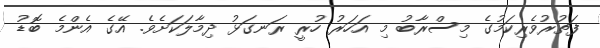
ފަތުރުވެރިކަމުގެ މިސްރާބު މި އަހަރު ހުރީ ރަނގަޅު ދިމާލަކަށެވެ. އޭގެ އެންމެ ބޮޑު